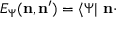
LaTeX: E _ { \Psi } ( { \bf n } , { \bf n } ^ { \prime } ) = \langle \Psi | \ { \bf n } \cdot